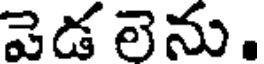
వెడ లెను.